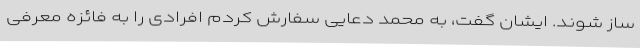
ساز شوند. ایشان گفت، به محمد دعایی سفارش کردم افرادی را به فائزه معرفی